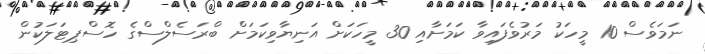
ނަމަވެސް 10 މީހަކު މަރުވެފައިވާ ކަމަށާއި 30 މީހަކަށް އަނިޔާވިކަމަށް ބްރަސެލްސްގެ ހޮސްޕިޓަލަކުން